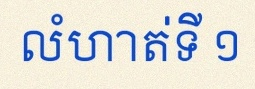
លំហាត់ទី ១